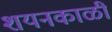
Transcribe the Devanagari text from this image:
शयनकाळी